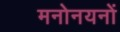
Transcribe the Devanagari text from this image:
मनोनयनों